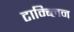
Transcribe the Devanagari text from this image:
टाम्ब्लिन